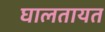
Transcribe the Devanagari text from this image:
घालतायत